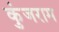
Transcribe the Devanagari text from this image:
कुंजराम